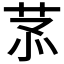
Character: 𦮡